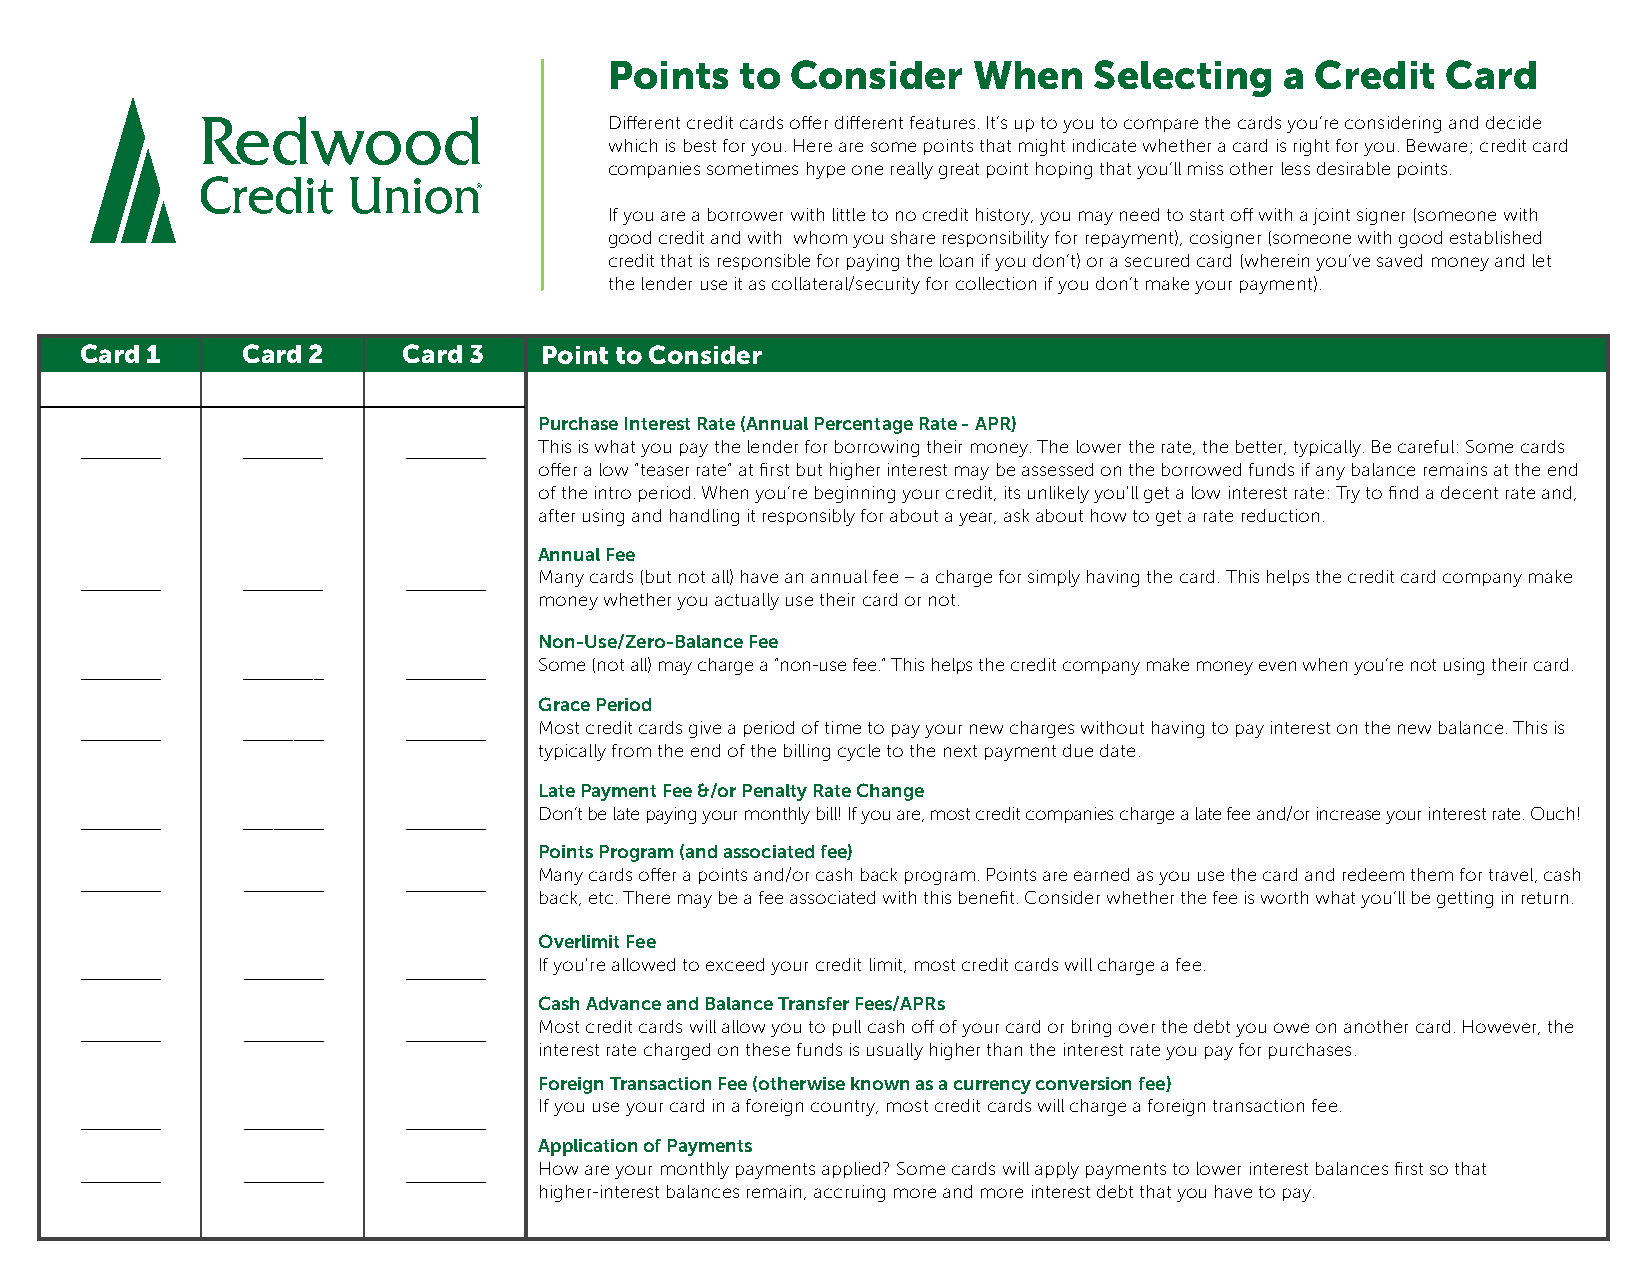
Points   to Consider    When    Selecting    a Credit   Card
 Different credit cards offer different features. It’s up to you to compare the cards you’re considering and decide
 which is best for you. Here are some points that might indicate whether a card is right for you. Beware; credit card
 companies sometimes hype one really great point hoping that you’ll miss other less desirable points.
 If you are a borrower with little to no credit history, you may need to start off with a joint signer (someone with
 good credit and with whom you share responsibility for repayment), cosigner (someone with good established
 credit that is responsible for paying the loan if you don’t) or a secured card (wherein you’ve saved money and let
 the lender use it as collateral/security for collection if you don’t make your payment).
 Card 1     Card 2     Card 3   Point to Consider
 Purchase Interest Rate (Annual Percentage Rate - APR)
 ________   ________   ________ This is what you pay the lender for borrowing their money. The lower the rate, the better, typically. Be careful: Some cards
 offer a low “teaser rate” at first but higher interest may be assessed on the borrowed funds if any balance remains at the end
 of the intro period. When you’re beginning your credit, its unlikely you'll get a low interest rate: Try to find a decent rate and,
 after using and handling it responsibly for about a year, ask about how to get a rate reduction.
 Annual Fee
 ________   ________   ________ Many cards (but not all) have an annual fee – a charge for simply having the card. This helps the credit card company make
 money whether you actually use their card or not.
 Non-Use/Zero-Balance Fee
 ________   ________   ________ Some (not all) may charge a “non-use fee.” This helps the credit company make money even when you’re not using their card.
 Grace Period
 ________   ________   ________ Most credit cards give a period of time to pay your new charges without having to pay interest on the new balance. This is
 typically from the end of the billing cycle to the next payment due date.
 Late Payment Fee &/or Penalty Rate Change
 Don’t be late paying your monthly bill! If you are, most credit companies charge a late fee and/or increase your interest rate. Ouch!
 ________   ________   ________
 Points Program (and associated fee)
 Many cards offer a points and/or cash back program. Points are earned as you use the card and redeem them for travel, cash
 ________   ________   ________
 back, etc. There may be a fee associated with this benefit. Consider whether the fee is worth what you’ll be getting in return.
 Overlimit Fee
 ________   ________   ________ If you're allowed to exceed your credit limit, most credit cards will charge a fee.
 Cash Advance and Balance Transfer Fees/APRs
 ________   ________   ________ Most credit cards will allow you to pull cash off of your card or bring over the debt you owe on another card. However, the
 interest rate charged on these funds is usually higher than the interest rate you pay for purchases.
 Foreign Transaction Fee (otherwise known as a currency conversion fee)
 If you use your card in a foreign country, most credit cards will charge a foreign transaction fee.
 ________   ________   ________
 Application of Payments
 ________   ________   ________ How are your monthly payments applied? Some cards will apply payments to lower interest balances first so that
 higher-interest balances remain, accruing more and more interest debt that you have to pay.